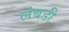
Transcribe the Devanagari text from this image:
लंबडी